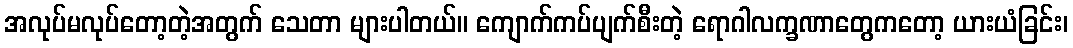
အလုပ်မလုပ်တော့တဲ့အတွက် သေတာ များပါတယ်။ ကျောက်ကပ်ပျက်စီးတဲ့ ရောဂါလက္ခဏာတွေကတော့ ယားယံခြင်း၊